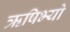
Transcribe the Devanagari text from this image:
ऋषिभ्यो